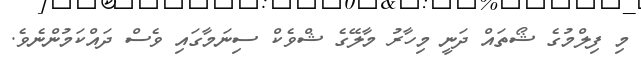
މި ފިލްމުގެ ޝޯތައް ދަނީ މިހާރު މާލޭގެ ޝްވެކް ސިނަމާގައި ވެސް ދައްކަމުންނެވެ.